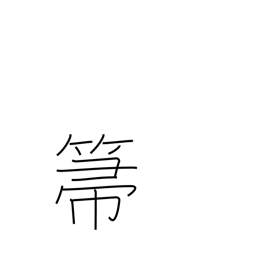
Meaning: broom